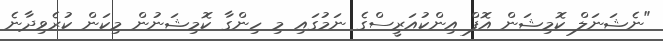
"ނެޝަނަލް ކޮމިޝަން އޮފް އިންކުއަރީސްގެ ނަމުގައި މި ހިންގާ ކޮމިޝަނުން މިކަން ކުރެވިދާނެ